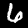
Digit: 6